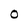
Character: O